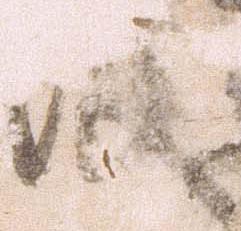
没